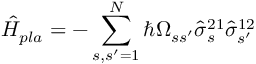
\hat { H } _ { p l a } = - \sum _ { s , s ^ { \prime } = 1 } ^ { N } \hbar \Omega _ { s s ^ { \prime } } \hat { \sigma } _ { s } ^ { 2 1 } \hat { \sigma } _ { s ^ { \prime } } ^ { 1 2 }